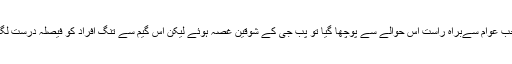
جب عوام سےبراہ راست اس حوالے سے پوچھا گیا تو پب جی کے شوقین غصہ ہوئے لیکن اس گیم سے تنگ افراد کو فیصلہ درست لگا۔